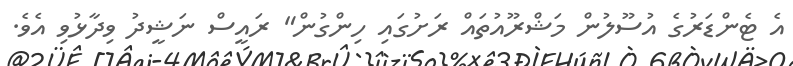
އެ ޓެންޑަރުގެ އުސޫލުން މަޝްރޫއުތައް ރަށުގައި ހިންގުން" ރައީސް ނަޝީދު ވިދާޅުވި އެވެ.